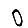
Digit: 0